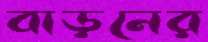
বাড়নের